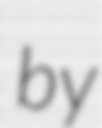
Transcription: by